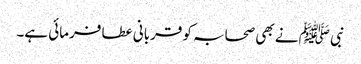
نبی ﷺ نے بھی صحابہ کو قربانی عطا فرمائی ہے۔